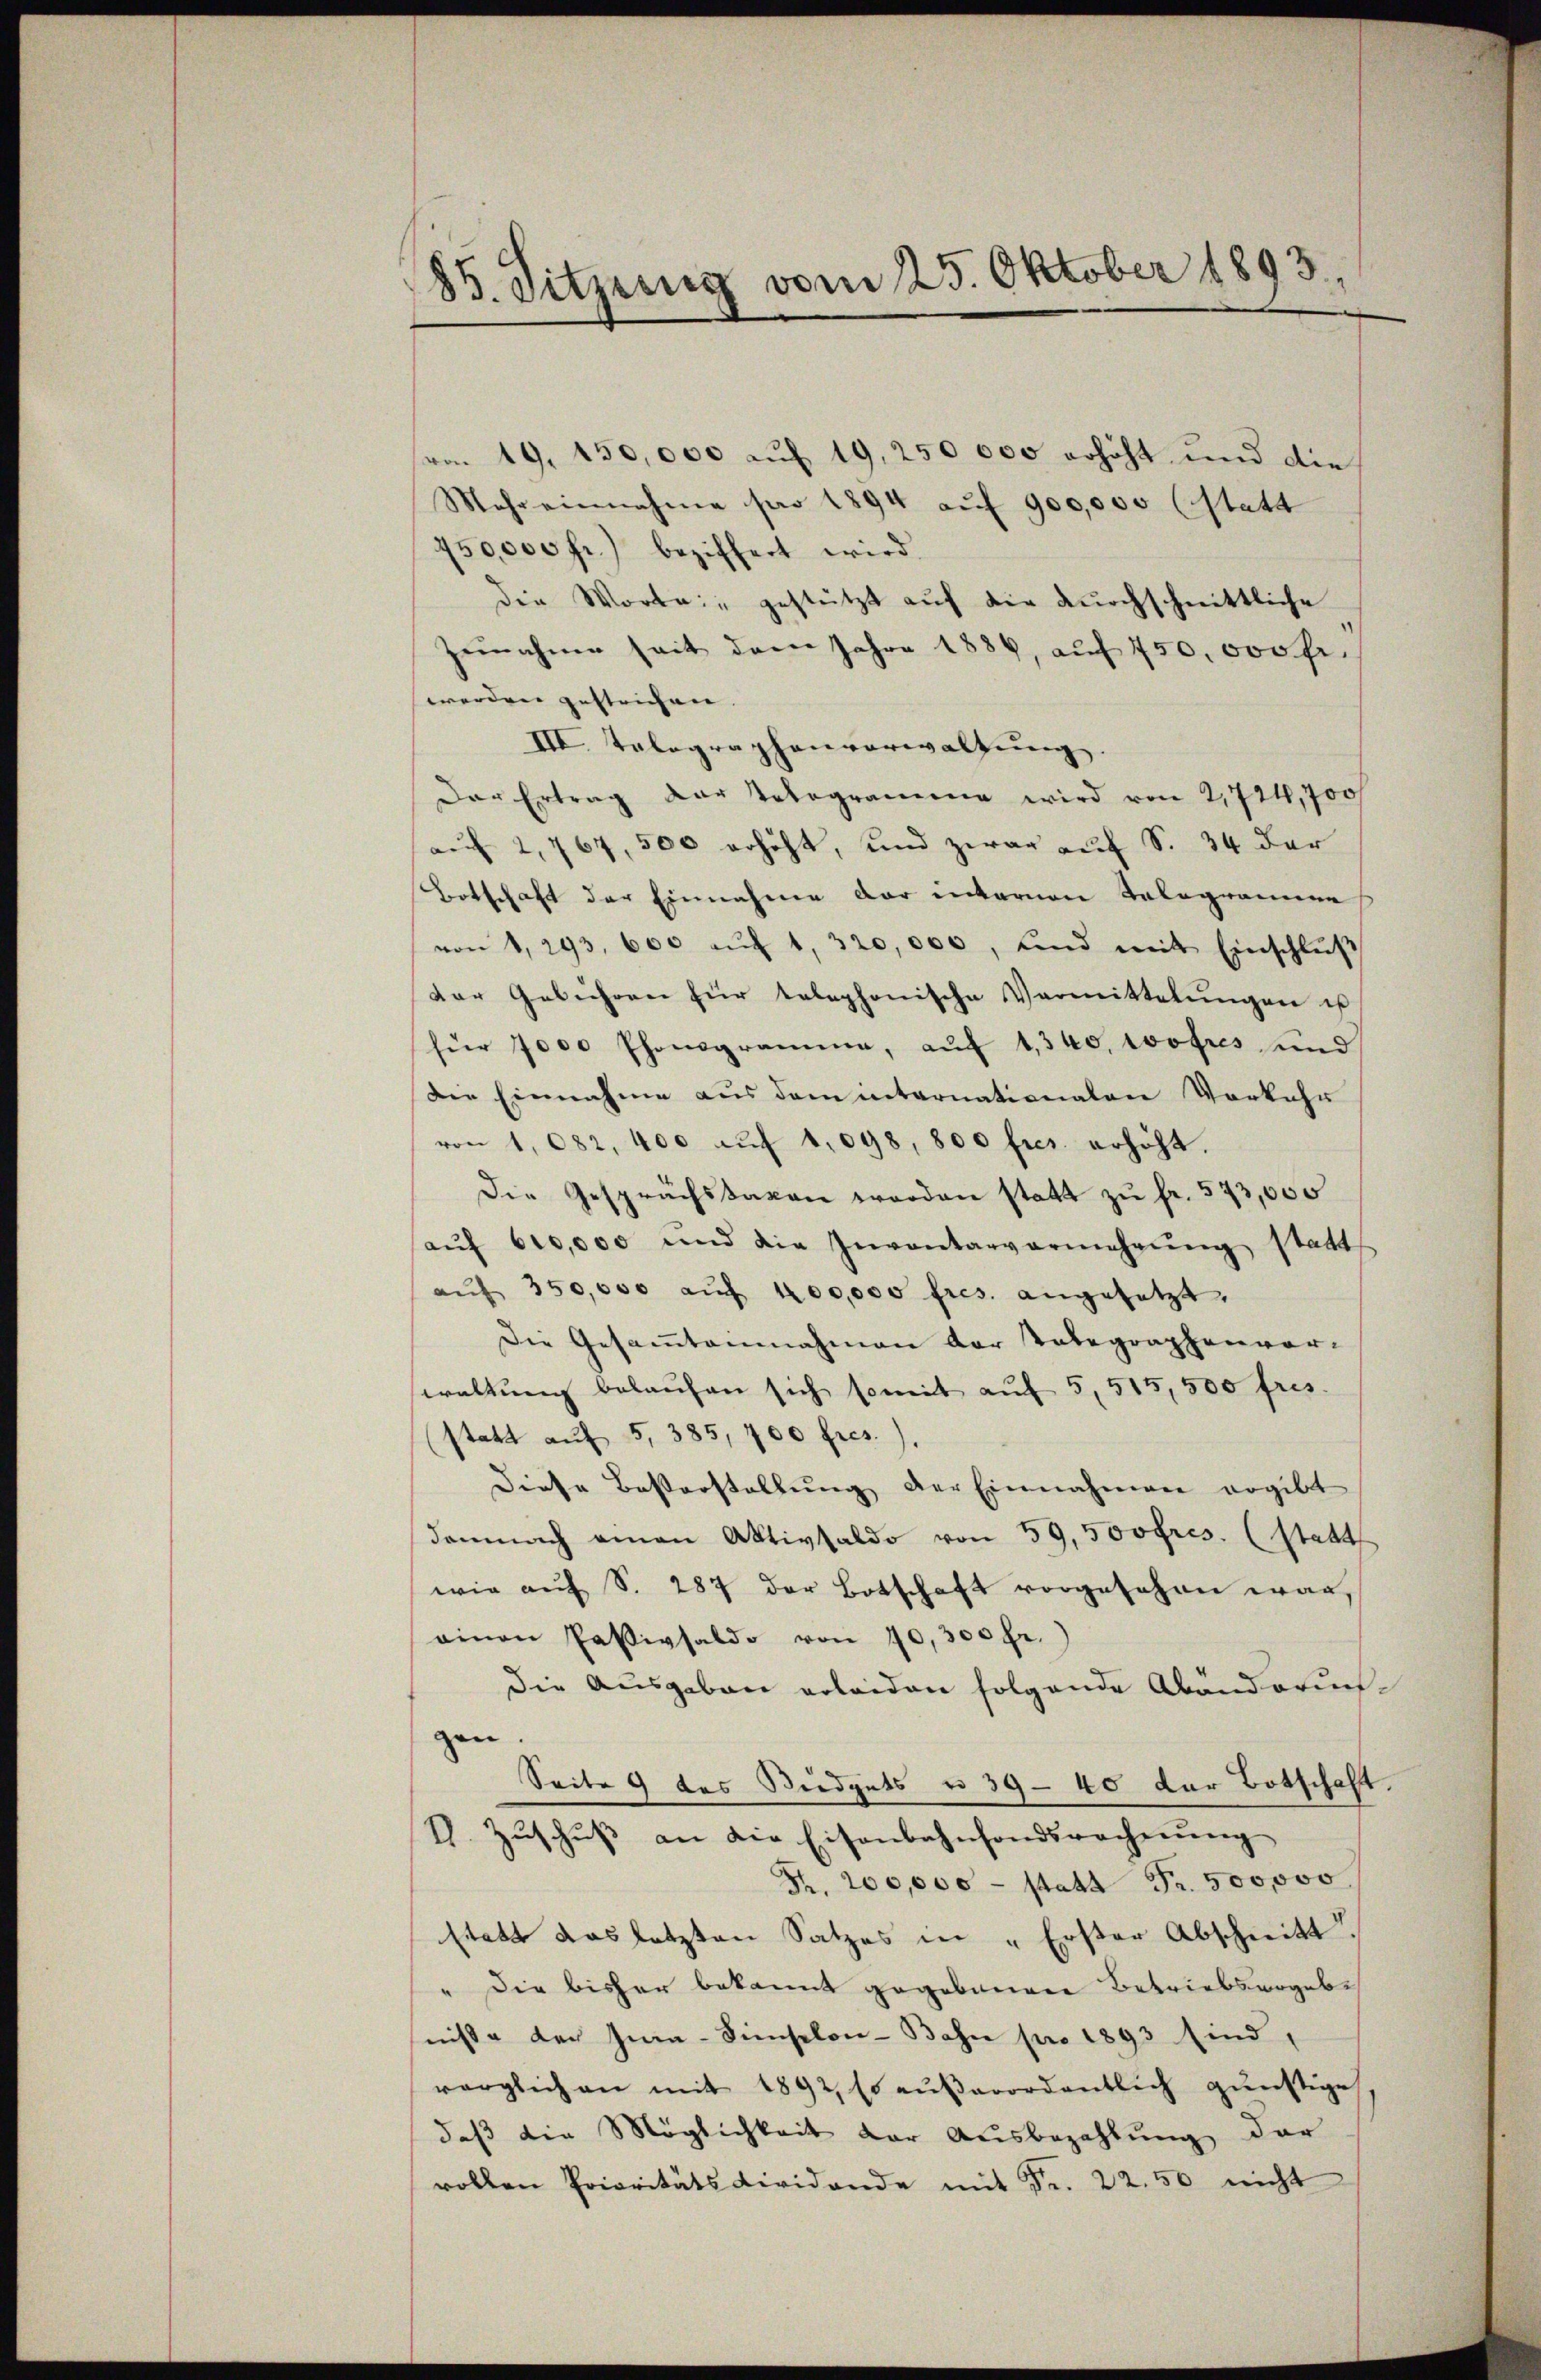
85. Sitzung vom 25. Oktober 1893.

vo 19. 150,000 auf 19, 250 000 erhöht und die
Mehr einnahme pro 1894 aŭf 900,000 (statt
450,000 fr.) beziffert wird.
die Worte: "gestützt auf die durchschnittliche
Zunahme seit dem Jahre 1886, auf 750. 000 fr.
werden gestrichen |
III. Talographenverwaltung
Der Ertrag der Telegramme wird von 2,724,700
auf 2,767, 500 erhöht, und zwar auf S. 34 der
Botschaft der Einnahme der internen Telegramme
von 1,293, 600 aŭf 1, 320,000, und mit Einschlŭβ
dor Gebühren für telephonische Vermittelŭngen is
für 7000 Phonogramme, aŭf 1,340, wofres und
Die Einnahme aus dem internationalen Vorkehr
von 1082, 400 aŭf 1,098, 800 frs. erhöht.
Die Gesprächstaxen worden statt zu fr. 573,000
aŭf 600,000 und die Inventarvermehrŭng statt
aŭf 350,000 aŭf 100,000 fres. angesetzt,
Die Gesamtannahmen der Tabegraphenvor-
waltŭng belaŭfen sich somit aŭf 5, 515,500 fres.
statt auf 5, 385, 700 fres.).
diese Besterstellŭng der Einnahmen ergibt
demnach eman Aktivsaldo von 59, 500 frs. (statt
wie aŭf S. 287 der Botschaft vorgesehen war,
einen Passivsaldo von 10,300 fr.
die Aŭsgaben erleiden folgende Abänderun-
gen
Seite 9 des Budgets u 39 - 40 der Botschaft
T. Zŭschŭβ an die Eisenbahnfondsrechnŭng
Fr. 200,000 - statt Fr. 500000
statt aus letzten Satzes in „Erster Abschritt.
" Die bisher bekannt gegebenere Betriebsergebe
niße der Ina-Simselon-Bahn pro 1893 sind,
värglich an mit 1892, so außerordentlich günstige
daß die Möglichkeit der Ausbezahlŭng der
rollen Prioritätsdividende mit Fr. 22.50 nicht